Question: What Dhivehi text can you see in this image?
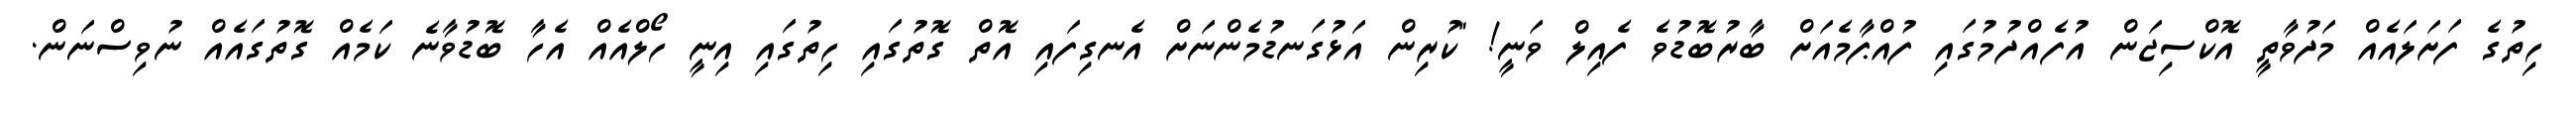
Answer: ހިތުގެ ފަށަލައެއް މަދުވާތީ އޮކްސިޖަން އުފެއްދުމުގައި ފުއްޕާމެއަށް ބާރުބޮޑުވެ ފެއިލް ވަނީ! "ކުރިން އަޅުގަނޑުމެންނަށް އެނގިފައި އޮތް ގޮތުގައި ހިތުގައި އިނީ ހޯލްއެއް އެހާ ބޮޑުވާނެ ކަމެއް ގޮތުގައެއް ނުވިސްނަން.